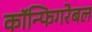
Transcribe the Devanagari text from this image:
कॉन्फिगरेबल